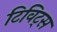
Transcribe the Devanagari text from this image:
टिविट्स